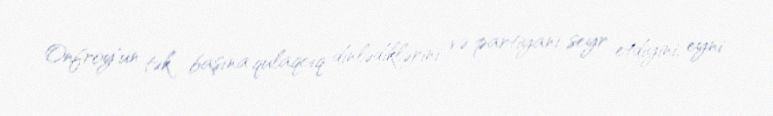
Onfroy'un tək başına qulaqcıq dinlədiklərini və partiyanı seyr etdiyini, eyni